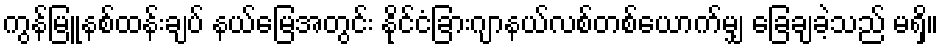
ကွန်မြူနစ်ထန်းချပ် နယ်မြေအတွင်း နိုင်ငံခြားဂျာနယ်လစ်တစ်ယောက်မျှ ခြေချခဲ့သည် မရှိ။